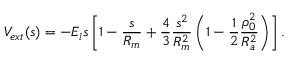
V _ { e x t } ( s ) = - E _ { l } s \left[ 1 - \frac { s } { R _ { m } } + \frac { 4 } { 3 } \frac { s ^ { 2 } } { R _ { m } ^ { 2 } } \left( 1 - \frac { 1 } { 2 } \frac { \rho _ { 0 } ^ { 2 } } { R _ { a } ^ { 2 } } \right) \right] .